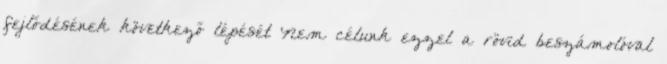
fejlődésének következő lépését Nem célunk ezzel a rövid beszámolóval